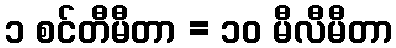
၁ စင်တီမီတာ = ၁၀ မီလီမီတာ